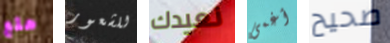
هلع للشعور نعيدك أغمى صحيح